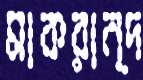
মাকরান্দ